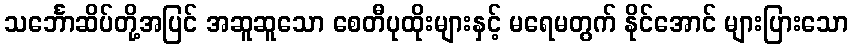
သင်္ဘောဆိပ်တို့အပြင် အဆူဆူသော စေတီပုထိုးများနှင့် မရေမတွက် နိုင်အောင် များပြားသော